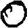
Digit: 0